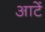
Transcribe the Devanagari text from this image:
आटें